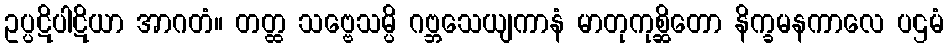
ဥပ္ပဋိပါဋိယာ အာဂတံ။ တတ္ထ သဗ္ဗေသမ္ပိ ဂဗ္ဘသေယျကာနံ မာတုကုစ္ဆိတော နိက္ခမနကာလေ ပဌမံ